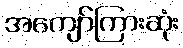
အကျော်ကြားဆုံး